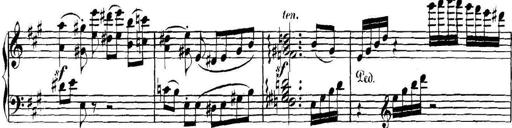
Title: Collected Piano Sonatas
Composer: Muzio Clementi